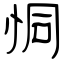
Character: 恫